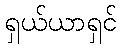
ရှယ်ယာရှင်